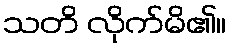
သတိ လိုက်မိ၏။